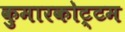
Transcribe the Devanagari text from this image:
कुमारकोट्टम